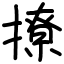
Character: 撩